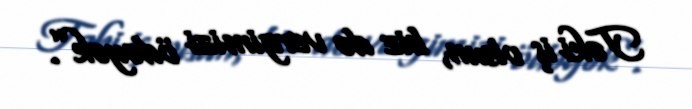
Təki iş olsun, biz də vergimizi ödəyək”.